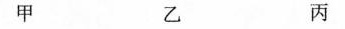
甲 乙 丙